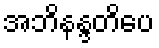
အဘိနန္ဒတိပေ